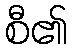
စီ၏